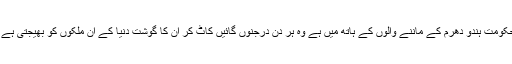
جبکہ ہندوستان میں جہاں کی حکومت ہندو دھرم کے ماننے والوں کے ہاتھ میں ہے وہ ہر دن درجنوں گائیں کاٹ کر ان کا گوشت دنیا کے اُن ملکوں کو بھیجتی ہے جہاں وہ گوشت کھایا جاتا ہے۔